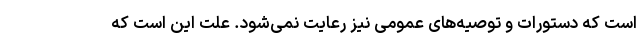
است که دستورات و توصیه‌های عمومی نیز رعایت نمی‌شود. علت این است که